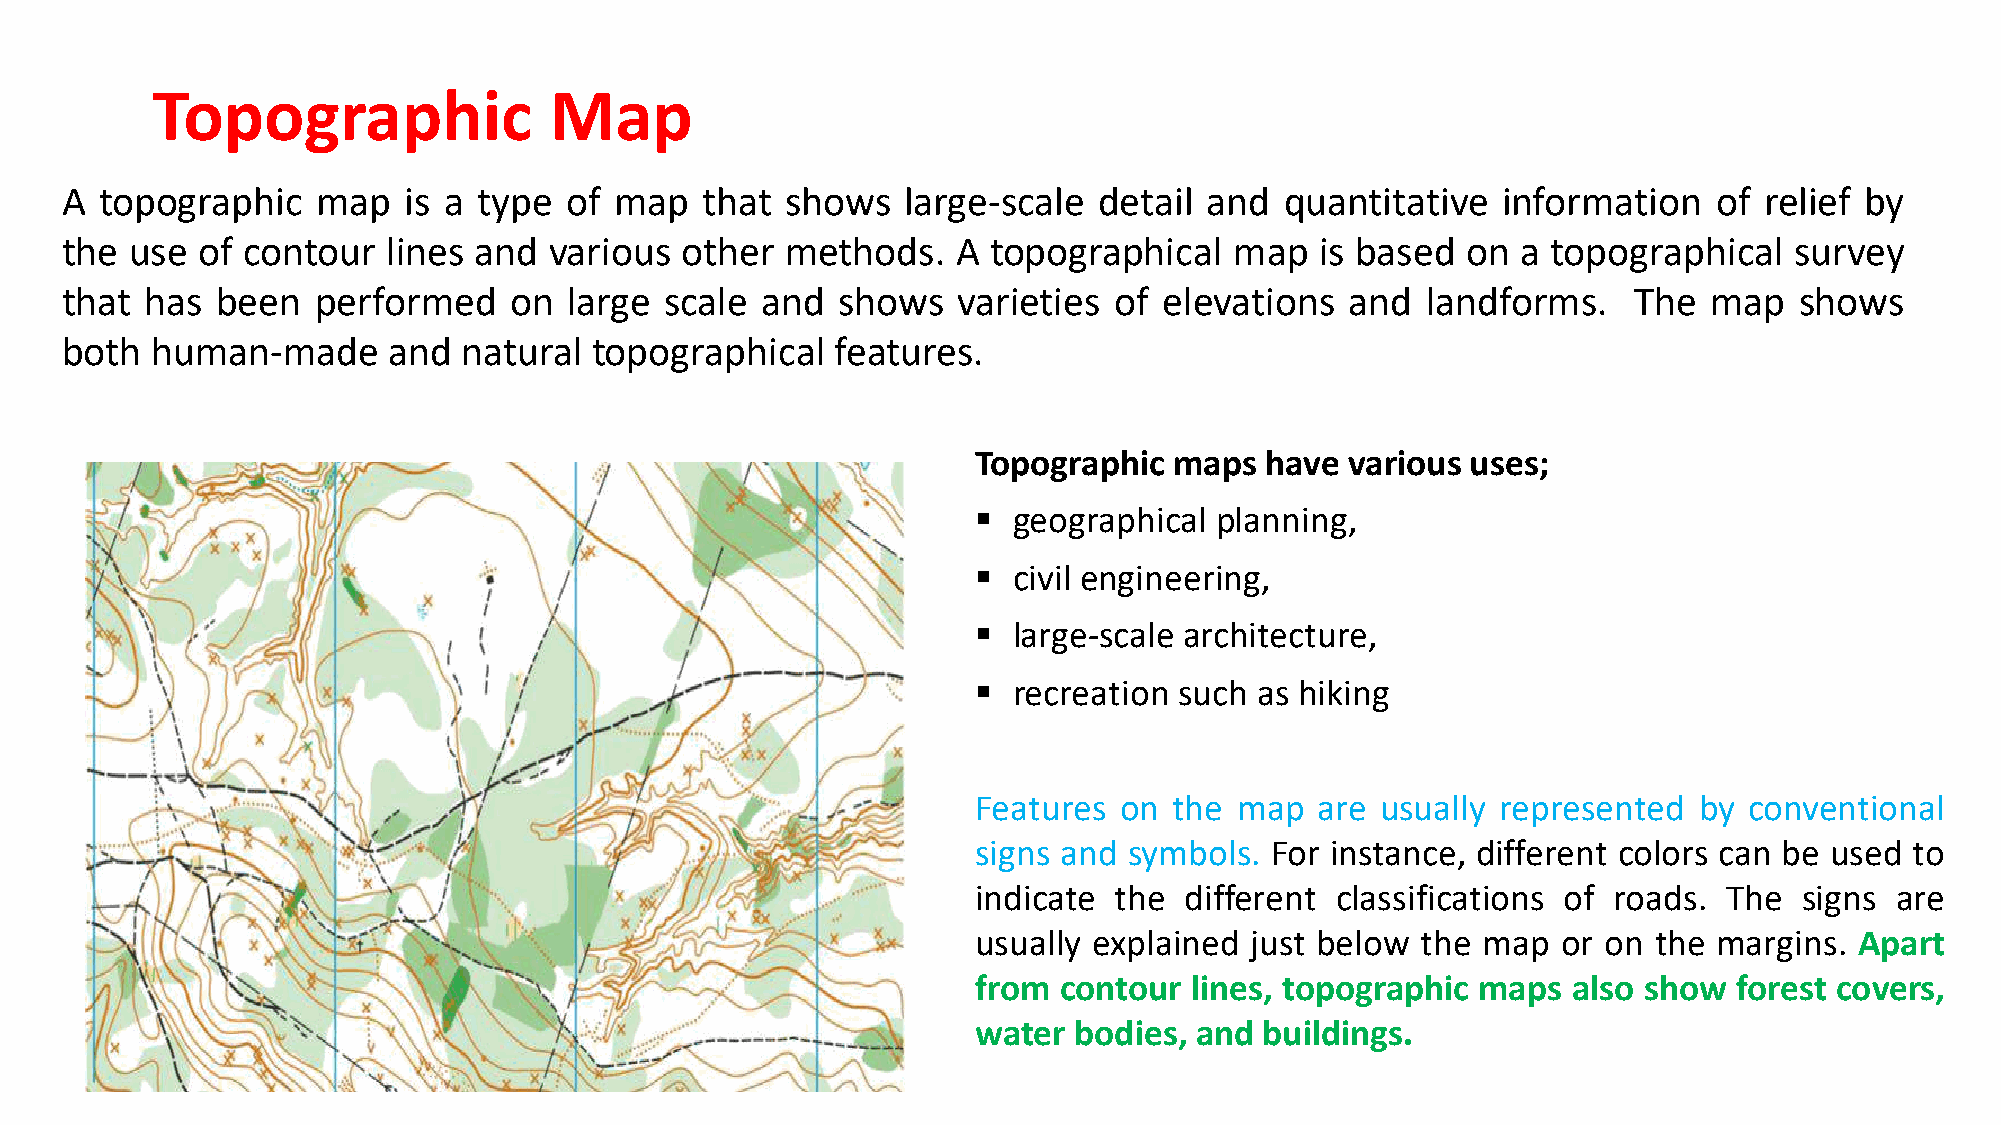
Topographic               Map
 A  topographic   map   is a type of  map  that  shows   large-scale  detail and  quantitative  information    of relief by
 the  use of contour   lines and various  other  methods.   A  topographical   map  is based  on  a topographical   survey
 that  has been   performed    on large  scale and  shows   varieties  of elevations  and  landforms.    The  map   shows
 both  human-made      and  natural topographical   features.
 Topographic  maps  have various uses;
  geographical planning,
  civil engineering,
  large-scale architecture,
  recreation such as hiking
 Features on  the map  are usually represented  by  conventional
 signs and symbols. For instance, different colors can be used to
 indicate the different classifications of roads. The  signs are
 usually explained just below the map  or on the  margins. Apart
 from contour  lines, topographic maps  also show  forest covers,
 water bodies, and  buildings.